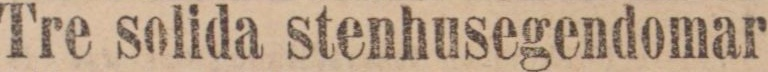
Tre solida stenhusegendomar